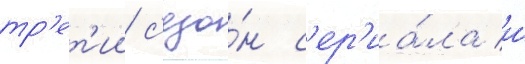
тр'ет'ии с'езо́н с'ер'иа́ла и́